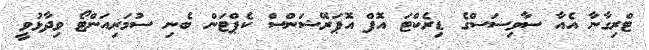
ޓްރިގާނާ އެއާ ސާވިސަސްގެ ޑިރެކްޓަ އޮފް އޮޕަރޭޝަންސް ކެޕްޓަން ބެނި ސުމަރިއަންޓޯ ވިދާޅުވީ